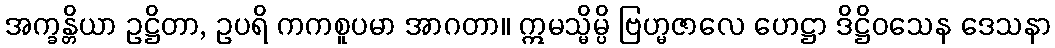
အက္ခန္တိယာ ဥဋ္ဌိတာ, ဥပရိ ကကစူပမာ အာဂတာ။ ဣမသ္မိမ္ပိ ဗြဟ္မဇာလေ ဟေဋ္ဌာ ဒိဋ္ဌိဝသေန ဒေသနာ